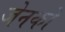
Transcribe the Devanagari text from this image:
जेनको